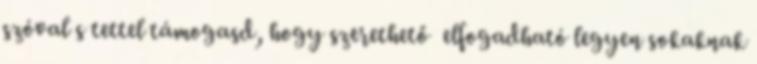
szóval s tettel támogasd, hogy szerethető elfogadható legyen sokaknak